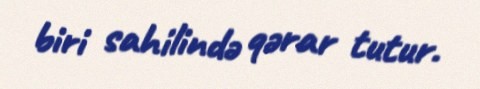
biri sahilində qərar tutur.